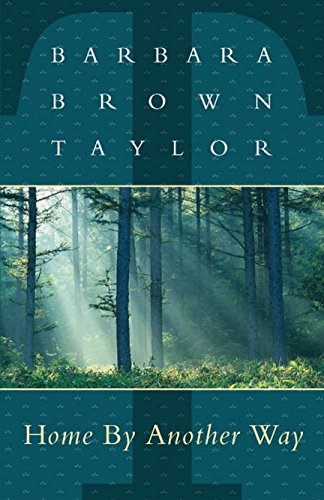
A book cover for Home By Another Way; Barbara Brown Taylor; Christian Books & Bibles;